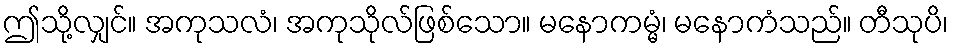
ဤသို့လျှင်။ အကုသလံ၊ အကုသိုလ်ဖြစ်သော။ မနောကမ္မံ၊ မနောကံသည်။ တီသုပိ၊